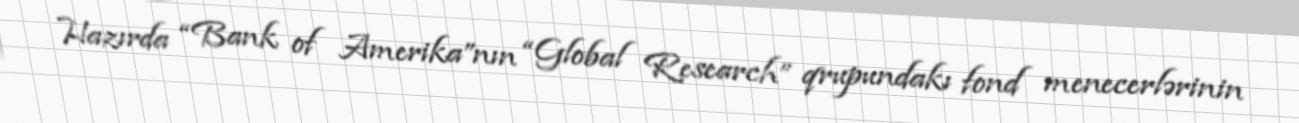
Hazırda “Bank of Amerika”nın “Global Research” qrupundakı fond menecerlərinin